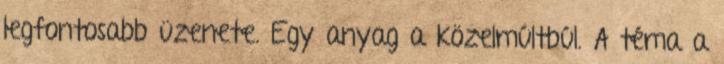
legfontosabb üzenete. Egy anyag a közelmúltbúl. A téma a